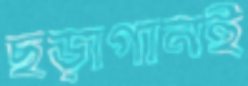
ছড়াগানই